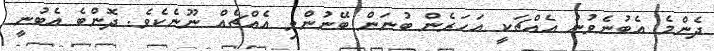
ދެންމެ އެބުނެވުނު އެއްޗަކީ އަހަރެން ބުނަން ބޭނުންވި އެއްޗެއް ނޫނެކެވެ. ދޮންބެ އެބުނީ